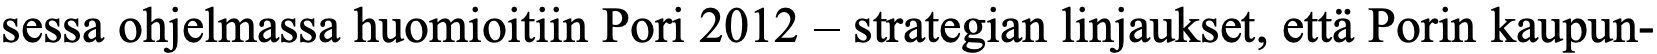
sessa ohjelmassa huomioitiin Pori 2012 – strategian linjaukset, että Porin kaupun-